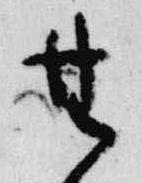
無